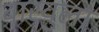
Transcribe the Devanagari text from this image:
बारवुला